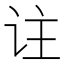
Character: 𬣣